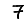
Digit: 7